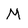
Character: M